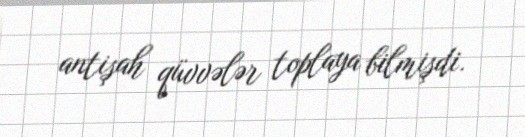
antişah qüvvələr toplaya bilmişdi.